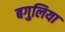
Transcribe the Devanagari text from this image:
बगुलिया